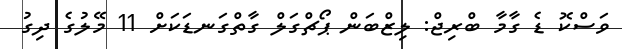
ވަސްކޮ ޑެ ގާމާ ބްރިޖް: ލިޒްބަން ޕޯޗްގަލް ގާތްގަނޑަކަށް 11 މޭލުގެ ދިގު